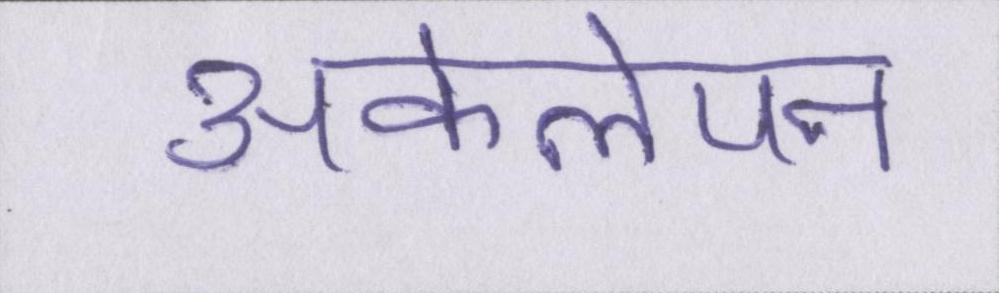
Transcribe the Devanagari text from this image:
अकेलेपन